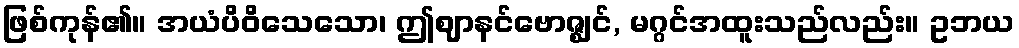
ဖြစ်ကုန်၏။ အယံပိဝိသေသော၊ ဤဈာနင်ဗောဇ္ဈင်, မဂ္ဂင်အထူးသည်လည်း။ ဥဘယ